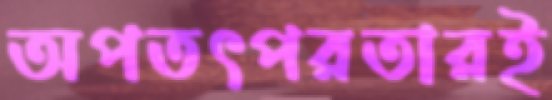
অপতৎপরতারই